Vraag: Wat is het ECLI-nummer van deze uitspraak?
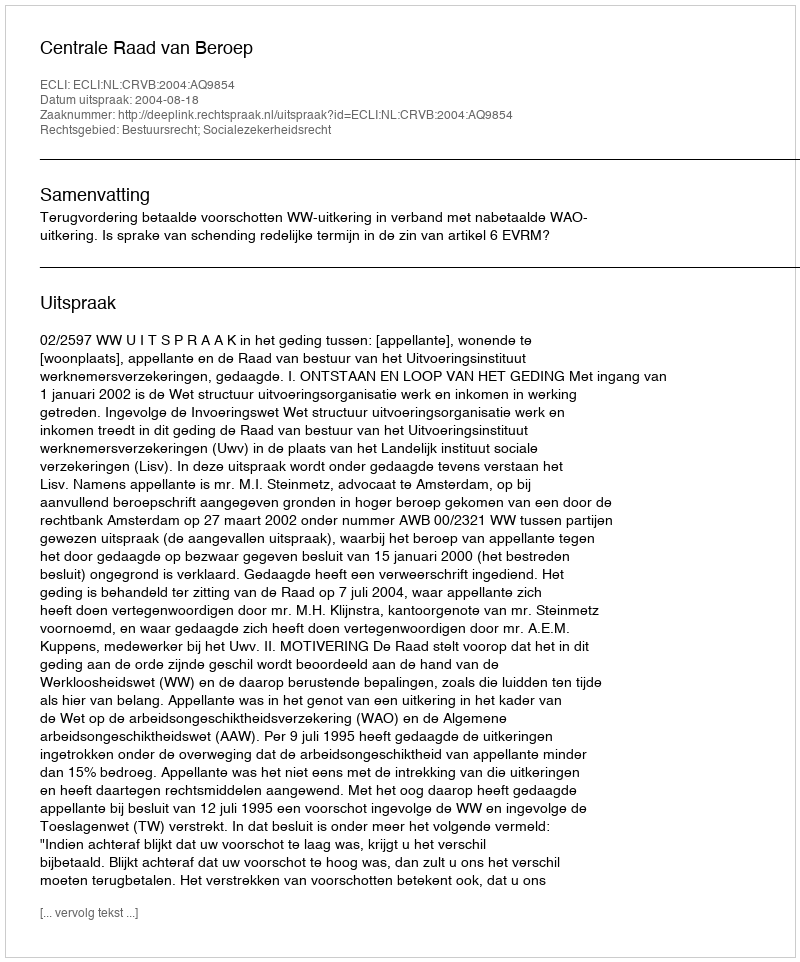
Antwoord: ECLI:NL:CRVB:2004:AQ9854